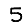
Digit: 5